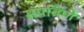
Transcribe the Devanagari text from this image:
संपविणे